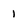
Character: i